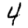
Digit: 4